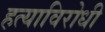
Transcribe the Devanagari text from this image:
हत्याविरोधी